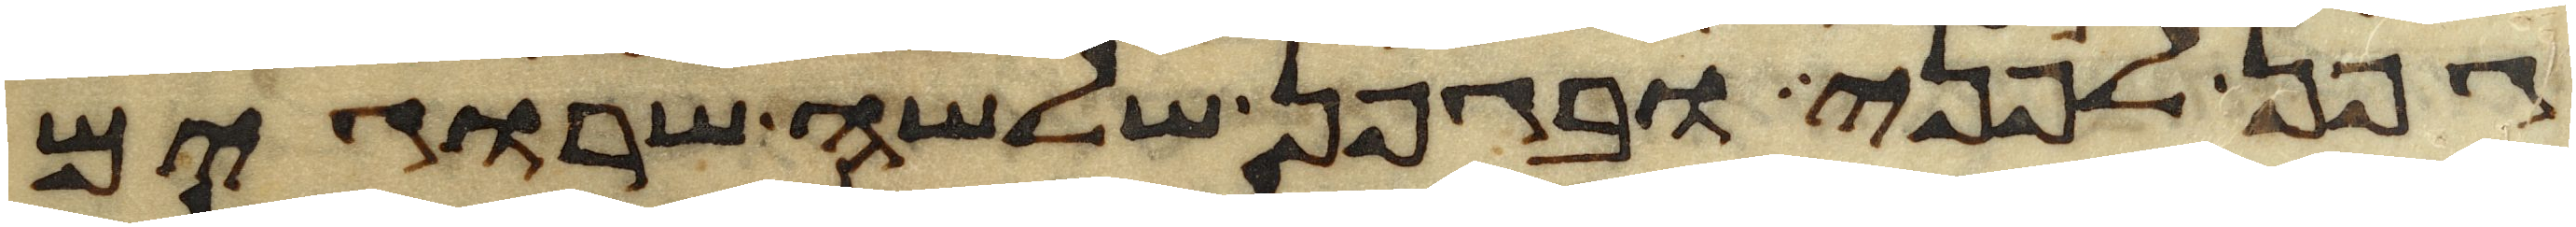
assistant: גפן לפני ובגפן שלשה שרוגים